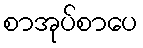
စာအုပ်စာပေ